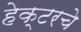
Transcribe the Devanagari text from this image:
हेक्टरचे